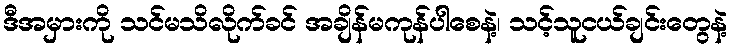
ဒီအမှားကို သင်မသိလိုက်ခင် အချိန်မကုန်ပါစေနဲ့၊ သင့်သူငယ်ချင်းတွေနဲ့